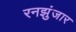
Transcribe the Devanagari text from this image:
रनझुंजार